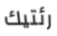
رئتيك